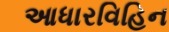
આધારવિહિન